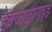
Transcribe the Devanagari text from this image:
हेक्जाफ्लोराइड